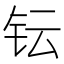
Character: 𮷹